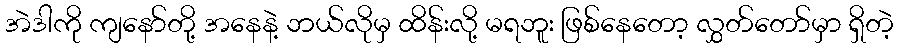
အဲဒါကို ကျနော်တို့ အနေနဲ့ ဘယ်လိုမှ ထိန်းလို့ မရဘူး ဖြစ်နေတော့ လွှတ်တော်မှာ ရှိတဲ့